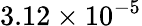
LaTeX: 3.12\times 10^{-5}